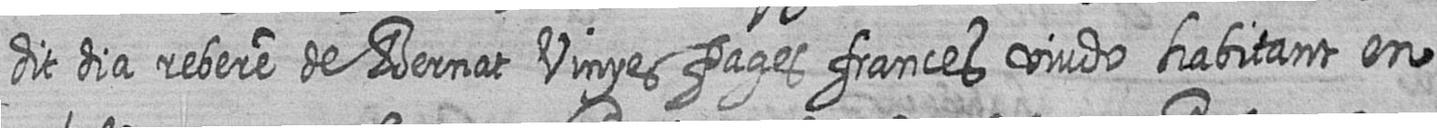
dit dia rebere de Bernat Vinyes pages frances viudo habitant en